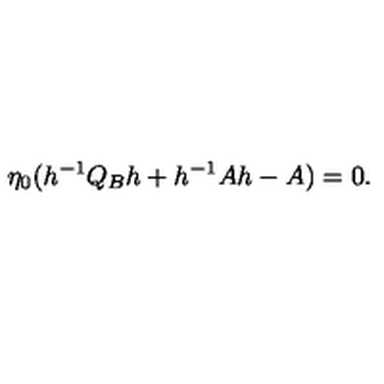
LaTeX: \eta _ { 0 } ( h ^ { - 1 } Q _ { B } h + h ^ { - 1 } A h - A ) = 0 .